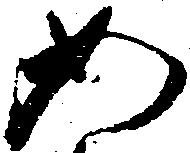
如